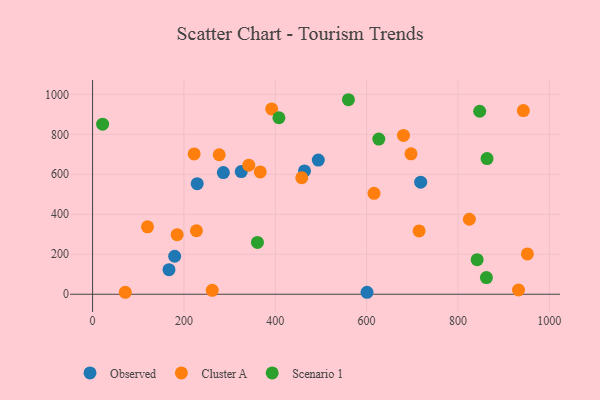
{"axis": {"x": "Investment", "y": "Salary"}, "legend": ["Cluster A", "Observed", "Scenario 1"], "data": [{"x": "229.1", "y": 552.8, "type": "Observed"}, {"x": "325.5", "y": 613.6, "type": "Observed"}, {"x": "286.3", "y": 608.4, "type": "Observed"}, {"x": "464.0", "y": 616.6, "type": "Observed"}, {"x": "494.2", "y": 671.0, "type": "Observed"}, {"x": "600.9", "y": 9.9, "type": "Observed"}, {"x": "718.4", "y": 560.7, "type": "Observed"}, {"x": "179.7", "y": 190.1, "type": "Observed"}, {"x": "167.3", "y": 122.7, "type": "Observed"}, {"x": "227.4", "y": 317.7, "type": "Cluster A"}, {"x": "825.0", "y": 375.1, "type": "Cluster A"}, {"x": "952.0", "y": 201.5, "type": "Cluster A"}, {"x": "120.3", "y": 337.3, "type": "Cluster A"}, {"x": "342.0", "y": 645.4, "type": "Cluster A"}, {"x": "697.2", "y": 702.2, "type": "Cluster A"}, {"x": "458.0", "y": 582.7, "type": "Cluster A"}, {"x": "367.1", "y": 612.0, "type": "Cluster A"}, {"x": "932.6", "y": 21.2, "type": "Cluster A"}, {"x": "943.2", "y": 918.6, "type": "Cluster A"}, {"x": "185.2", "y": 298.0, "type": "Cluster A"}, {"x": "392.1", "y": 927.1, "type": "Cluster A"}, {"x": "714.9", "y": 316.6, "type": "Cluster A"}, {"x": "262.0", "y": 19.5, "type": "Cluster A"}, {"x": "680.7", "y": 794.5, "type": "Cluster A"}, {"x": "277.3", "y": 697.7, "type": "Cluster A"}, {"x": "222.4", "y": 701.6, "type": "Cluster A"}, {"x": "616.2", "y": 504.7, "type": "Cluster A"}, {"x": "71.6", "y": 9.9, "type": "Cluster A"}, {"x": "626.7", "y": 776.0, "type": "Scenario 1"}, {"x": "862.3", "y": 83.4, "type": "Scenario 1"}, {"x": "842.0", "y": 172.9, "type": "Scenario 1"}, {"x": "560.2", "y": 972.9, "type": "Scenario 1"}, {"x": "408.0", "y": 882.7, "type": "Scenario 1"}, {"x": "863.7", "y": 678.7, "type": "Scenario 1"}, {"x": "22.0", "y": 850.6, "type": "Scenario 1"}, {"x": "847.6", "y": 915.2, "type": "Scenario 1"}, {"x": "361.0", "y": 259.4, "type": "Scenario 1"}]}